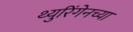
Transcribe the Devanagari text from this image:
थ्युरिंगेनच्या